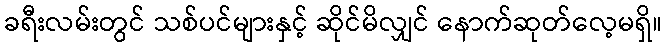
ခရီးလမ်းတွင် သစ်ပင်များနှင့် ဆိုင်မိလျှင် နောက်ဆုတ်လေ့မရှိ။